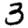
Digit: 3